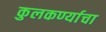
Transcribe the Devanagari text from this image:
कुलकर्ण्याचा